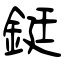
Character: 鋌